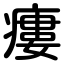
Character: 瘻